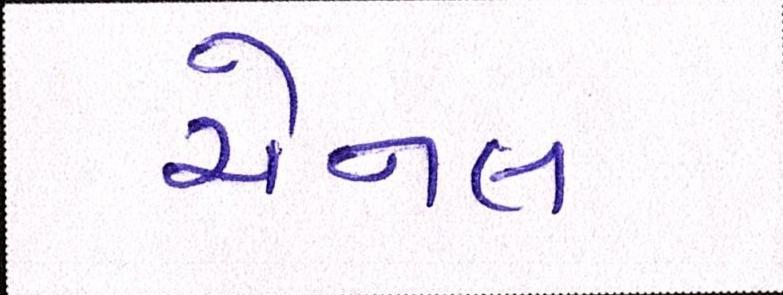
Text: ચેનલ